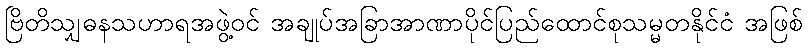
ဗြိတိသျှဓနသဟာရအဖွဲ့ဝင် အချုပ်အခြာအာဏာပိုင်ပြည်ထောင်စုသမ္မတနိုင်ငံ အဖြစ်